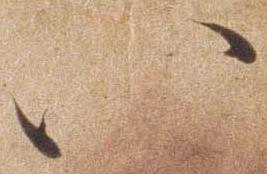
い